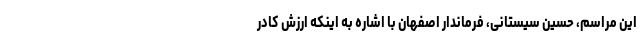
این مراسم، حسین سیستانی، فرماندار اصفهان با اشاره به اینکه ارزش کادر